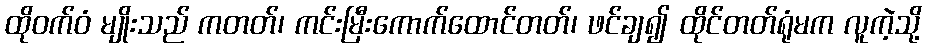
ထိုဝက်ဝံ မျိုးသည် ကတတ်၊ ကင်းမြီးကောက်ထောင်တတ်၊ ဖင်ချ၍ ထိုင်တတ်ရုံမက လူကဲ့သို့